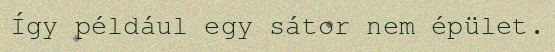
Így például egy sátor nem épület.